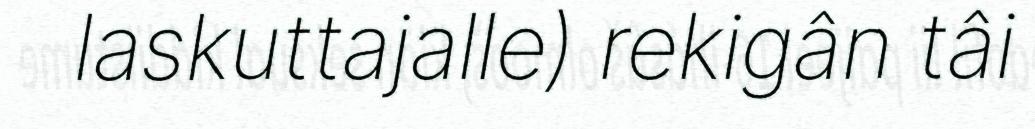
laskuttajalle) rekigân tâi